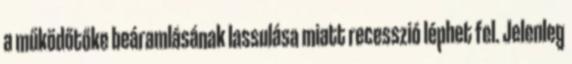
a működőtőke beáramlásának lassulása miatt recesszió léphet fel. Jelenleg